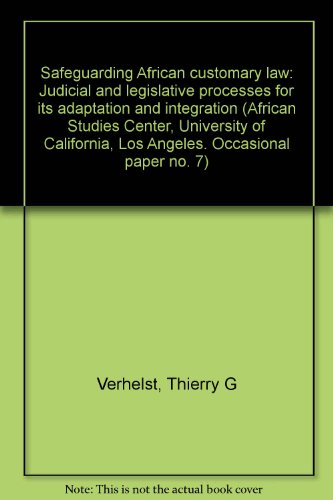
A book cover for Safeguarding African customary law: Judicial and legislative processes for its adaptation and integration (African Studies Center, University of California, Los Angeles. Occasional paper no. 7); Thierry G Verhelst; Law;